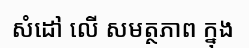
សំដៅ លើ សមត្ថភាព ក្នុង